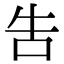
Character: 告